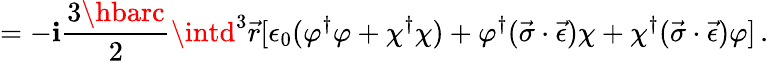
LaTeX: =-\mathbf{i}\frac{{3\hbarc}}{{2}}\intd^{3}\vec{{r}}[\epsilon_{0}(\varphi^{\dagger}\varphi+\chi^{\dagger}\chi)+\varphi^{\dagger}(\vec{{\sigma}}\cdot\vec{{\epsilon}})\chi+\chi^{\dagger}(\vec{{\sigma}}\cdot\vec{{\epsilon}})\varphi]\, {.}